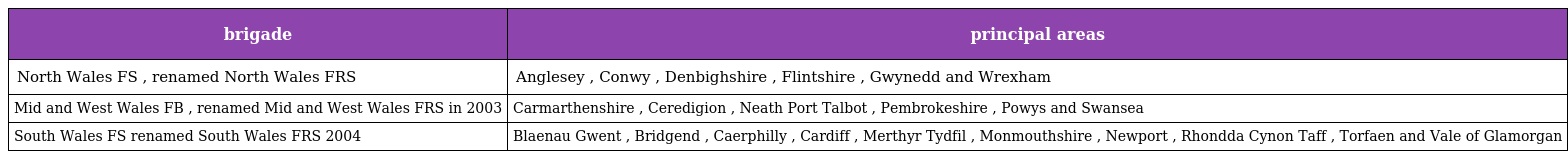
| brigade | principal areas |
 | --- | --- |
 | North Wales FS , renamed North Wales FRS | Anglesey , Conwy , Denbighshire , Flintshire , Gwynedd and Wrexham |
 | Mid and West Wales FB , renamed Mid and West Wales FRS in 2003 | Carmarthenshire , Ceredigion , Neath Port Talbot , Pembrokeshire , Powys and Swansea |
 | South Wales FS renamed South Wales FRS 2004 | Blaenau Gwent , Bridgend , Caerphilly , Cardiff , Merthyr Tydfil , Monmouthshire , Newport , Rhondda Cynon Taff , Torfaen and Vale of Glamorgan |